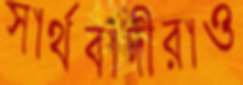
স্বার্থবাদীরাও